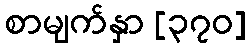
စာမျက်နှာ [၃၇၀]